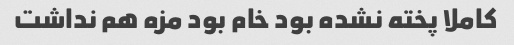
کاملا پخته نشده بود خام بود مزه هم نداشت